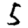
Digit: 5